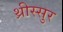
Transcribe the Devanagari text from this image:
थ्रीस्सुर